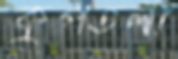
কুপতলা